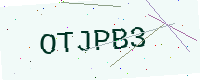
Text: OTJPB3